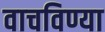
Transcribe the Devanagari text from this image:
वाचविण्या